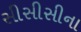
સીસીસીના